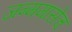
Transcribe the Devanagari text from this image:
जन्ममासेच